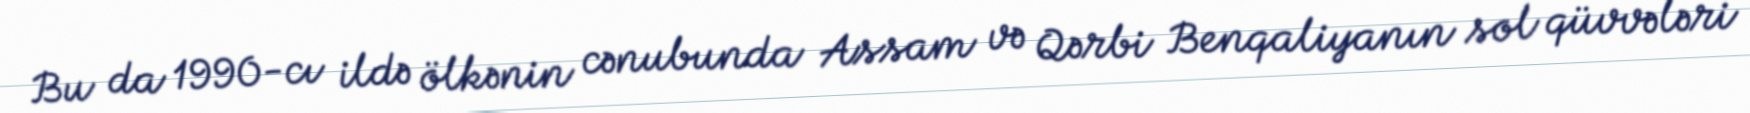
Bu da 1990-cı ildə ölkənin cənubunda Assam və Qərbi Benqaliyanın sol qüvvələri